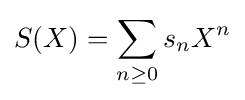
S(X)=\sum _{n\geq 0}s_{n}X^{n}